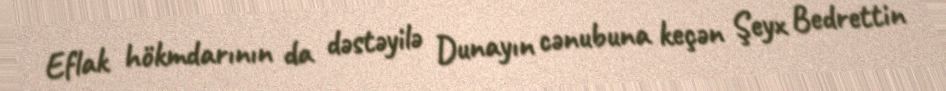
Eflak hökmdarının da dəstəyilə Dunayın cənubuna keçən Şeyx Bedrettin